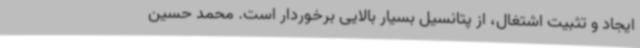
ایجاد و تثبیت اشتغال، از پتانسیل بسیار بالایی برخوردار است. محمد حسین